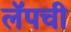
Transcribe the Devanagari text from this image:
लॅपची